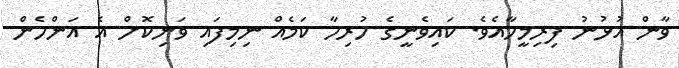
ވާން އުޅުނު ފިރިމީހާއެވެ. ކައިވެނީގެ ހުރިހާ ކަމެއް ނިިމިފައި ވަނިކޮށް އެ އަންހެން